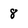
Character: 8